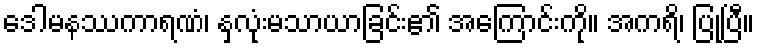
ဒေါမနဿကာရဏံ၊ နှလုံးမသာယာခြင်း၏ အကြောင်းကို။ အကရိ၊ ပြုပြီ။